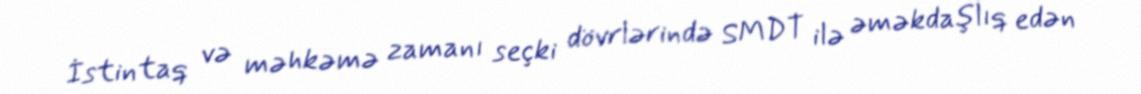
İstintaq və məhkəmə zamanı seçki dövrlərində SMDT ilə əməkdaşlıq edən